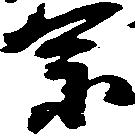
宗